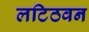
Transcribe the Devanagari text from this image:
लटिठवन